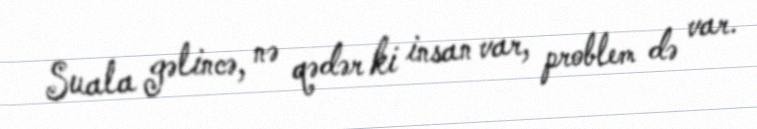
Suala gəlincə, nə qədər ki insan var, problem də var.